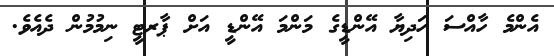
އެންމެ ހާއްސަ ހަދިޔާ އޭންޑީގެ މަންމަ އޭންޑީ އަށް ޕާރޓީ ނިމުމުން ދެއެވެ.